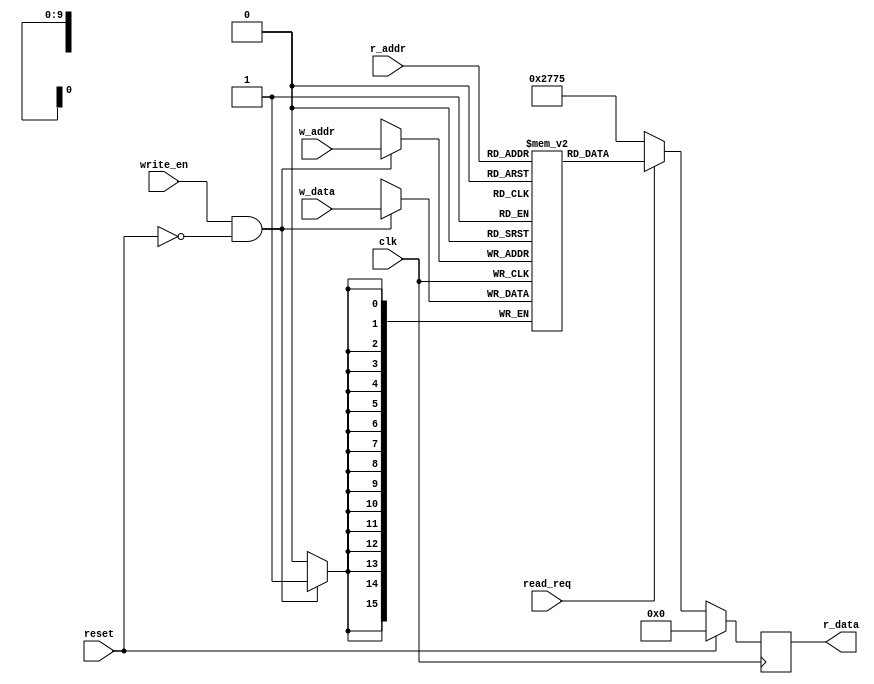
`timescale 1ns / 1ps

module glb_iact #( parameter DATA_BITWIDTH = 16,
			 parameter ADDR_BITWIDTH = 10 )
		   ( input clk,
			 input reset,
			 input read_req,
			 input write_en,
			 input [ADDR_BITWIDTH-1 : 0] r_addr,
			 input [ADDR_BITWIDTH-1 : 0] w_addr,
			 input [DATA_BITWIDTH-1 : 0] w_data,
			 output  [DATA_BITWIDTH-1 : 0] r_data
    );
	
	reg [DATA_BITWIDTH-1 : 0] mem [0 : (1 << ADDR_BITWIDTH) - 1]; 
		// default - 1024(2^10) 16-bit memory. Total size = 2kB 
	reg [DATA_BITWIDTH-1 : 0] data;
	
	always@(posedge clk)
		begin : READ
			if(reset)
				data = 0;
			else
			begin
				if(read_req) begin
					data = mem[r_addr];
//					$display("Read Address to SPad:%d",r_addr);
				end else begin
					data = 10101; //Random default value to verify model
				end
			end
		end
	
	assign r_data = data;
	
	always@(posedge clk)
		begin : WRITE	
			if(write_en && !reset) begin
				mem[w_addr] = w_data;
			end
		end
	
endmodule